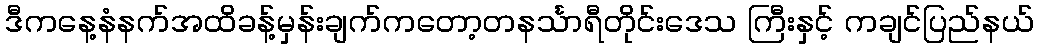
ဒီကနေ့နံနက်အထိခန့်မှန်းချက်ကတော့တနင်္သာရီတိုင်းဒေသ ကြီးနှင့် ကချင်ပြည်နယ်